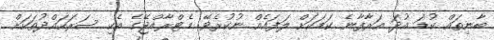
ބާނިތައް ކުޑަ އުދަ އަރާފާނެ ކަމަކަށް ލަފައެއް ނުކުރެވޭ: މެޓްރާއްޖޭގެ އެކި ސަރަހައްދުތަކަށް